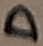
Text: D